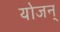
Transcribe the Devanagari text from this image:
योजन्